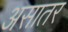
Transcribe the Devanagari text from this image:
असातर